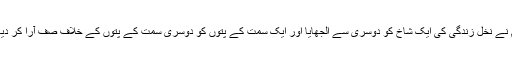
ہم نے نخلِ زندگی کی ایک شاخ کو دوسری سے الجھایا اور ایک سمت کے پتوں کو دوسری سمت کے پتوں کے خلاف صف آرا کر دیا ۔